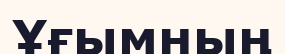
Ұғымның